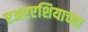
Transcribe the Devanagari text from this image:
एअरएशियाच्या